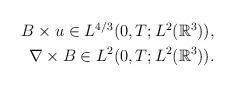
LaTeX: \begin{align*}\begin{aligned}B\times u\in L^{4/3}(0,T; L^{2}(\mathbb{R}^{3})), \\\nabla \times B\in L^{2}(0,T; L^{2}(\mathbb{R}^{3})).\end{aligned}\end{align*}